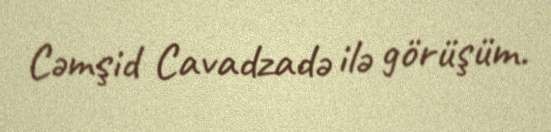
Cəmşid Cavadzadə ilə görüşüm.